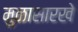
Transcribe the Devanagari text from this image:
मुळासारखे